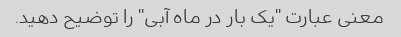
معنی عبارت "یک بار در ماه آبی" را توضیح دهید.